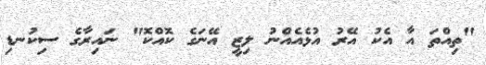
"ތިއްތަ އާ އެކު އޭރު އުޅެއެއްނު ލިޒީ އޭނަގެ ކޮއްކޮ" ނައިރާގެ ސިކުނޑި